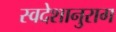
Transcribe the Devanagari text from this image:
स्वदेशानुराग